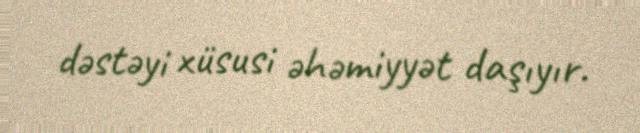
dəstəyi xüsusi əhəmiyyət daşıyır.